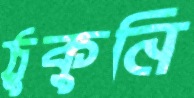
ঠুকুনি